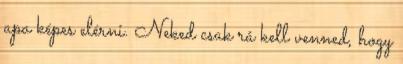
apa képes elérni. Neked csak rá kell venned, hogy